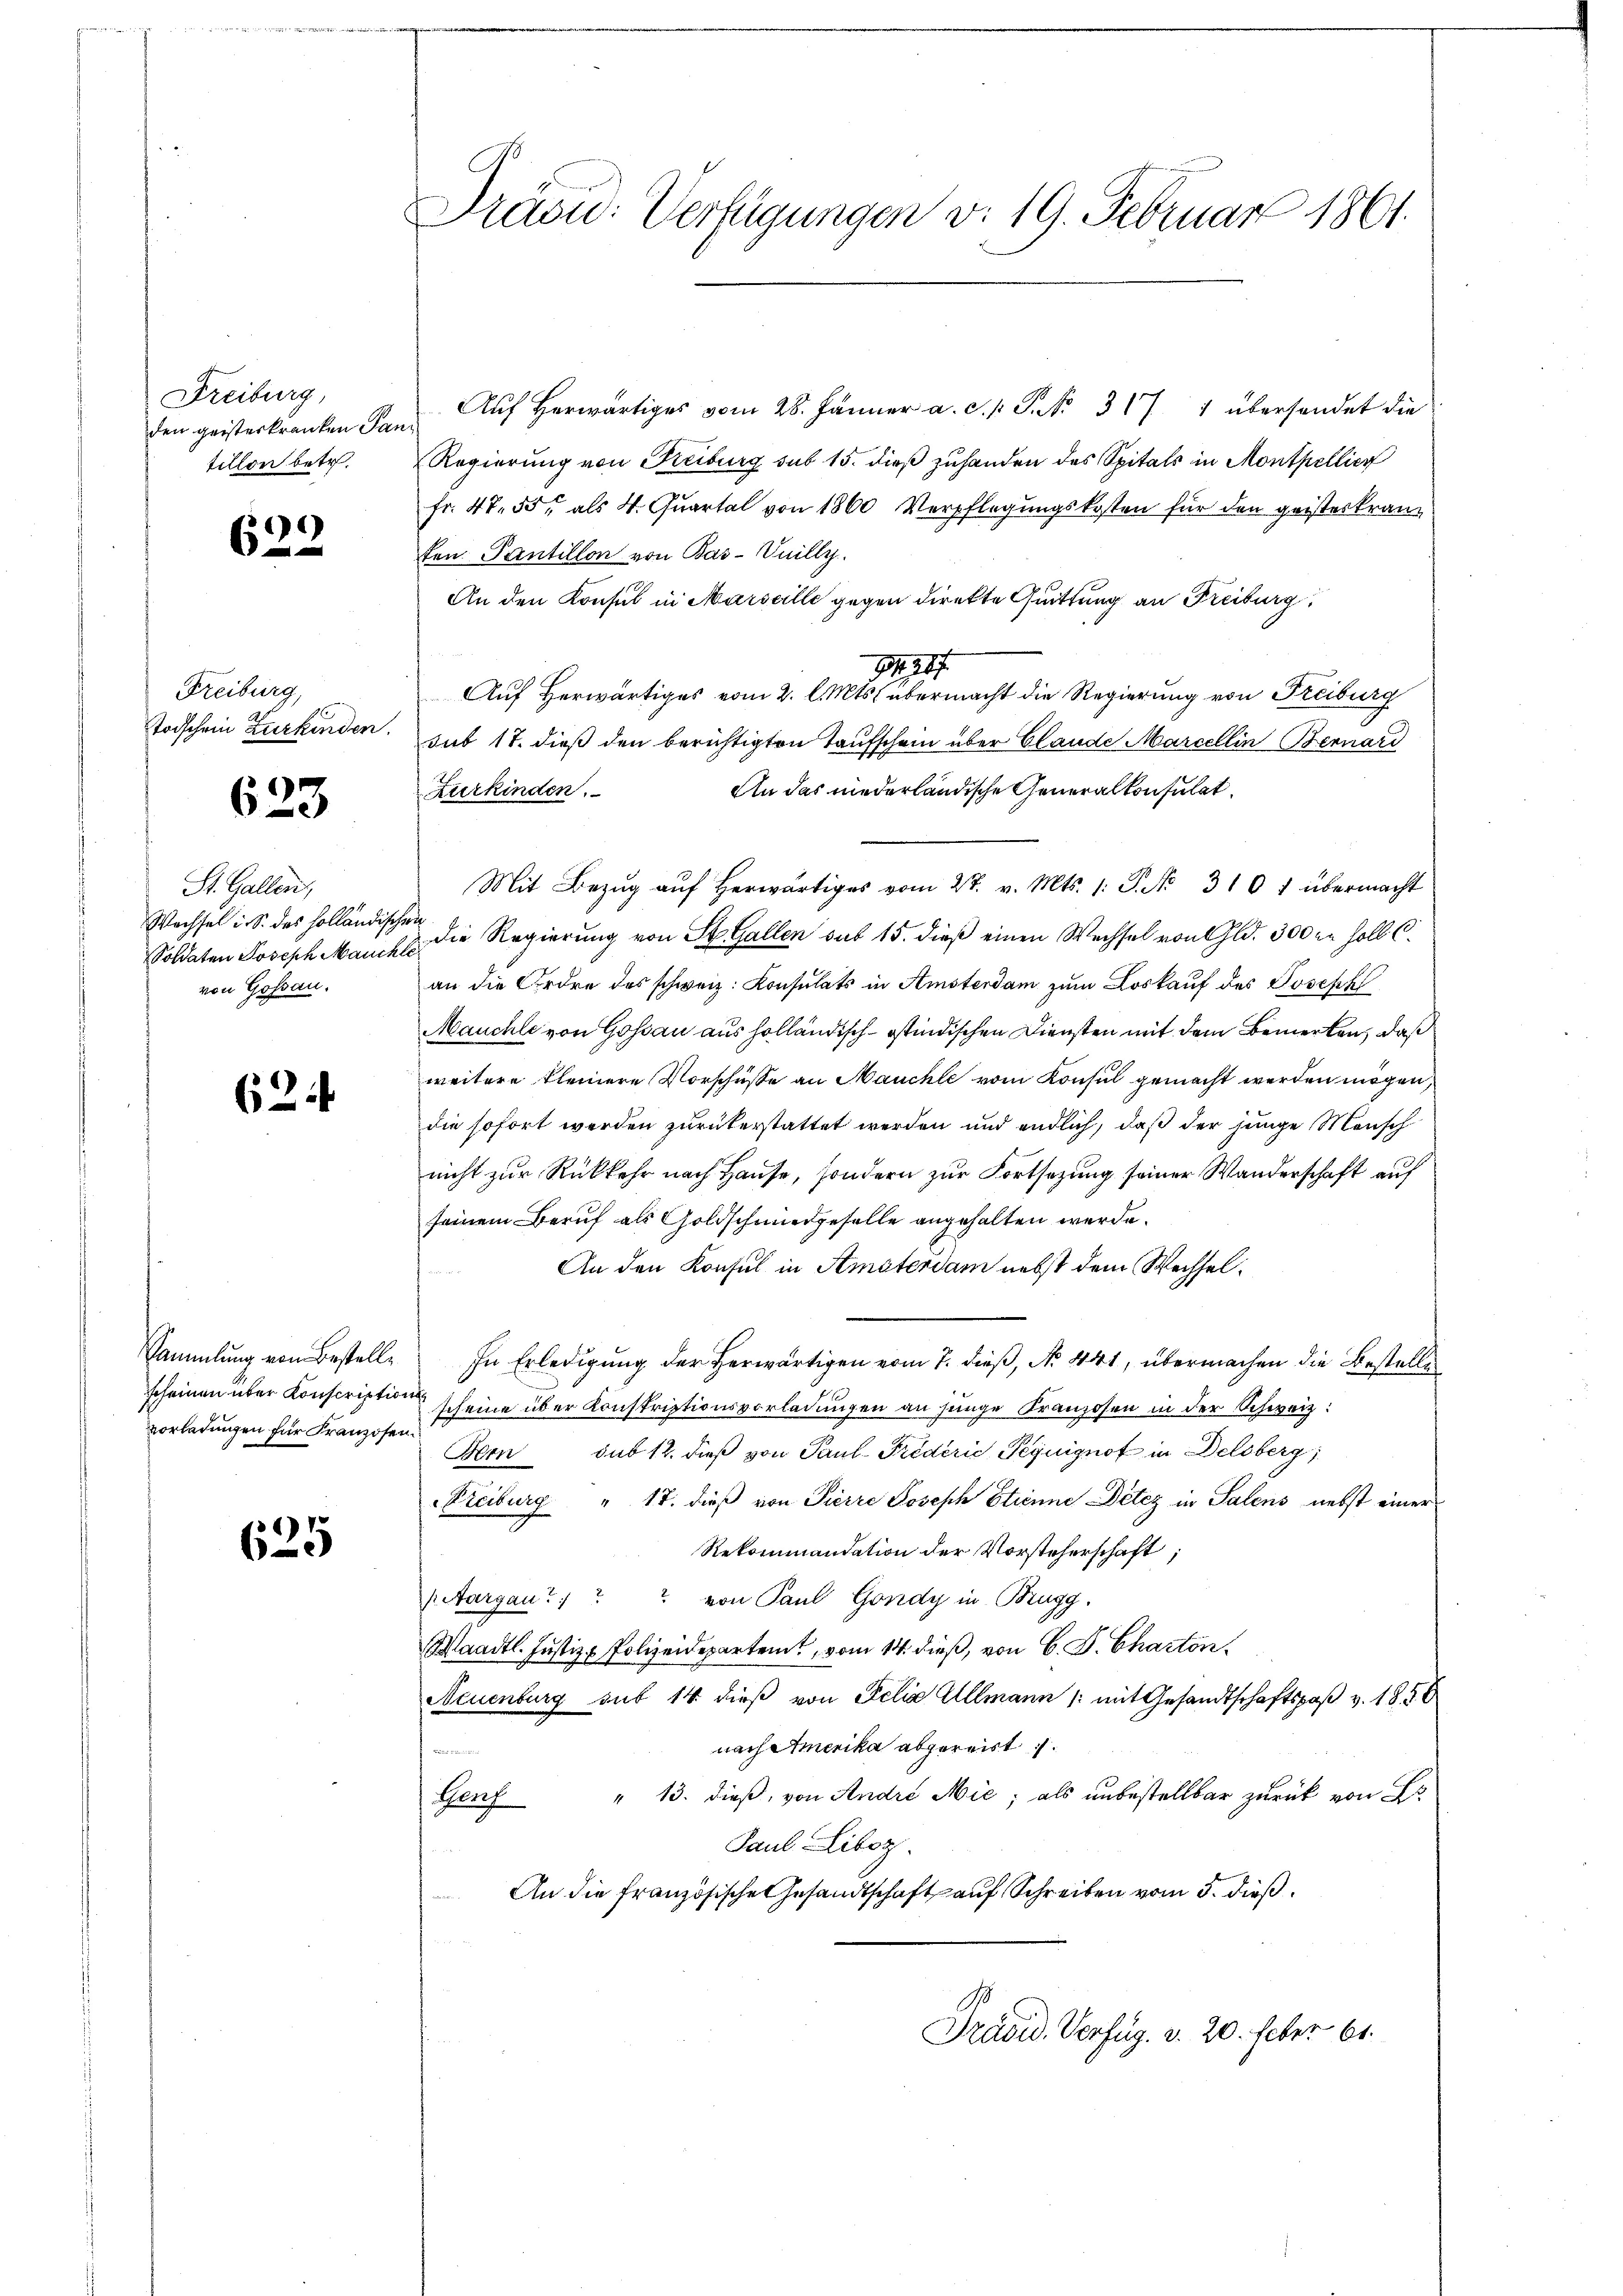
Freiburg,
den geisteskranken Pan
tillon betr.

e
6

Freiburg,
Todschein Zurkinden.

623

St. Gallen,
Wechsel i. S. des Holländisch
Soldaten Joseph Mauch
von Gossau.

624

Sammlung von Bestelle
vorladungen für Franzosen.

625

Präsid: Verfügungen v. 19. Februar 1861.

Auf herwärtiges vom 28. Jänner a. c. S. Nr. 317 1 übersendet die
Regierung von Kiburg sub 15. dieß zuhanden des Spitals in Monthellier
fr. 47. 55, als 4. Quartal von 1860 Verpflegungskosten für den geisteskranz
ten Pantillon von Bas-Vuilly.
An den Konsul in Marseille gegen direkte Quittung an Freiburg,
19217
Auf Herwärtiges vom 2. l. Mts. übermacht die Regierung von Freiburg
sub 17. dieß den berichtigten Taufschein über Claude Marcellin Bernard
An das niederländische Generalkonsulat
Kurkinden.
Mit Bezŭg aŭf herwärtiges vom 27. v. Mts. 1. P. Nr. 310 f übermacht
i
 die Regierung von St. Gallen sub 15. dieß einen Wechsel von Gld. 300 er soll. C.
an die Ordre des schweiz. Konsulats in Amsterdam zum Loskauf des Joseph
Mauchte von Goßau aus holländisch-östindischen Diensten mit dem Bemerken, daß
weitere kleinere Vorschüsse an Mauchte vom Konsul gemacht werden mögen,
die sofort werden zurükerstattet werden und endlich, daß der junge Mensch
nicht zur Rückkehr nach Hause, sondern zur Fortsetzung seiner Wanderschaft auf
seinem Beruf als Goldschmiedgeselle angehalten werde.
An den Konsul in Amaterdam nebst dem Wechsel¬
In Erledigung der herwärtigen vom 7. dieß, No. 441, übermachen die Bestelle
scheinen über Konscription scheine über Konskriptionsvorladungen an junge Franzosen in der Schweiz:
Bern sub 12. dieß von Paul- Triderić Peguignof in Delsberg
Freiburg " 17. dieß von Pierre Joseph Etienne Detez in Salens nebst einer
Rekommandation der Vorsteherschaft;
Aargau 1 von Paul Gondy in Brugg.
aadtl. Justiz - Polizeidepartemt, vom 14. dieß, von G. P. Charton
Neuenburg sub 14 dieß von Felia Allmann /: mit Gesandtschaftspaß v. 1856
nach Amerika abgereist.

" 13. dieß, von Andre Mie; als unbestellbar zurück von B
Gluh
Paul Libez
An die Französische Gesandtschaft auf Schreiben vom 5. dieß
Präsid. Verfüg. v. 20. Feber 61.